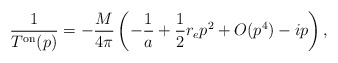
\begin{align*}\frac{1}{T^{\rm{on}}(p)}=-\frac{M}{4 \pi}\left(-\frac{1}{a} + \frac{1}{2} r_e p^2 +O({p^4}) - i p \right),\end{align*}